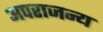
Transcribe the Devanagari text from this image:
अपराजन्य